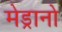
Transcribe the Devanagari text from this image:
मेड्रानो